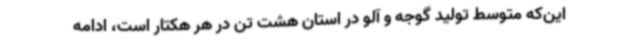
این‌که متوسط تولید گوجه و آلو در استان هشت تن در هر هکتار است، ادامه